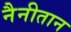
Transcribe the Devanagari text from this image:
नैनीतान